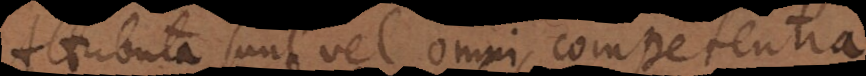
Attributa sunt vel omni competentia